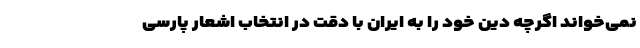
نمی‌خواند اگرچه دِین خود را به ایران با دقت در انتخاب اشعار پارسی